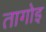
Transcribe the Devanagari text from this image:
तागोइ